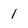
Character: 1